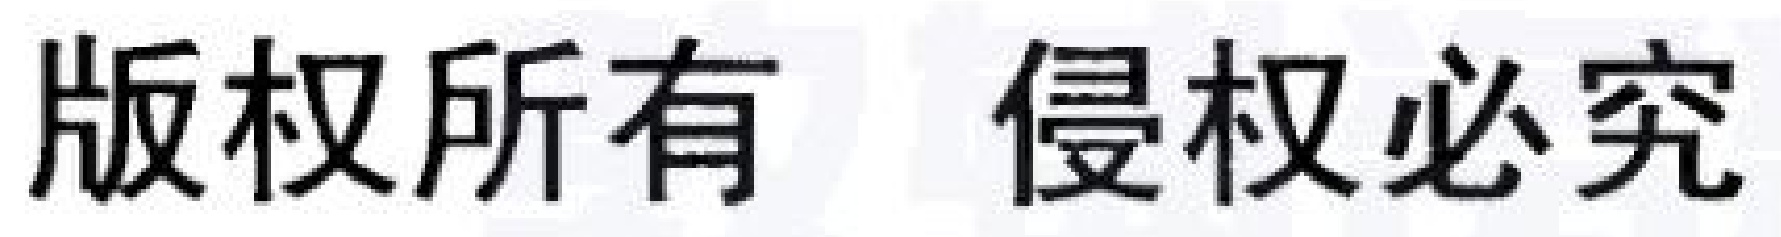
版权所有  侵权必究